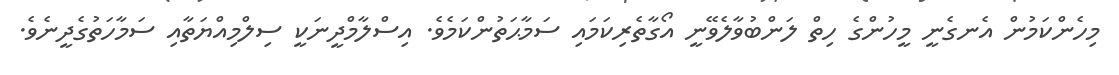
މިހެންކަމުން އެނގެނީ މީހުންގެ ހިތް ލަންބުވާލެވޭނީ އޯގާތެރިކަމައި ސަމާޙަތުންކަމެވެ. އިސްލާމްދީނަކީ ސިލްމިއްޔަތާއި ސަމާހަތުގެދީނެވެ.